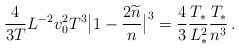
LaTeX: \begin{align*}\frac{4}{3T}L^{-2}v^2_0T^3\big|1-\frac{2\widetilde{n}}{n}\big|^3=\frac{4}{3}\frac{T_*}{L^2_*}\frac{T_*}{n^{3}}\,.\end{align*}